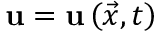
\mathbf { u } = \mathbf { u } \left( \Vec { x } , t \right)